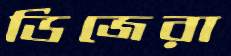
ডিজেরা